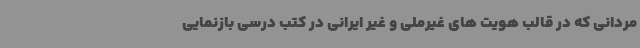
مردانی که در قالب هویت های غیرملی و غیر ایرانی در کتب درسی بازنمایی